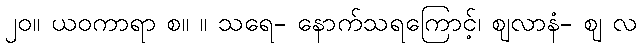
၂၀။ ယဝကာရာ စ။ ။ သရေ- နောက်သရကြောင့်၊ ဈလာနံ- ဈ လ